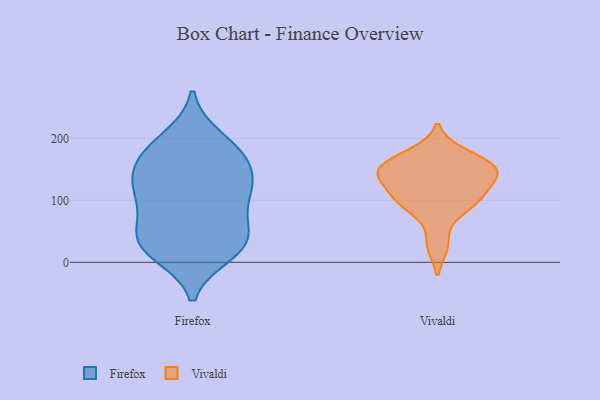
{"axis": {"x": "Shipments", "y": "Value"}, "legend": ["Firefox", "Vivaldi"], "data": [{"x": "", "y": 97, "type": "Firefox"}, {"x": "", "y": 15, "type": "Firefox"}, {"x": "", "y": 48, "type": "Firefox"}, {"x": "", "y": 124, "type": "Firefox"}, {"x": "", "y": 114, "type": "Firefox"}, {"x": "", "y": 199, "type": "Firefox"}, {"x": "", "y": 130, "type": "Firefox"}, {"x": "", "y": 184, "type": "Firefox"}, {"x": "", "y": 22, "type": "Firefox"}, {"x": "", "y": 37, "type": "Firefox"}, {"x": "", "y": 161, "type": "Firefox"}, {"x": "", "y": 30, "type": "Firefox"}, {"x": "", "y": 41, "type": "Firefox"}, {"x": "", "y": 176, "type": "Firefox"}, {"x": "", "y": 97, "type": "Firefox"}, {"x": "", "y": 153, "type": "Firefox"}, {"x": "", "y": 145, "type": "Vivaldi"}, {"x": "", "y": 116, "type": "Vivaldi"}, {"x": "", "y": 84, "type": "Vivaldi"}, {"x": "", "y": 98, "type": "Vivaldi"}, {"x": "", "y": 150, "type": "Vivaldi"}, {"x": "", "y": 162, "type": "Vivaldi"}, {"x": "", "y": 28, "type": "Vivaldi"}, {"x": "", "y": 141, "type": "Vivaldi"}, {"x": "", "y": 175, "type": "Vivaldi"}, {"x": "", "y": 105, "type": "Vivaldi"}, {"x": "", "y": 147, "type": "Vivaldi"}]}